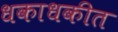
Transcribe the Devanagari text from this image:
धकाधकीत